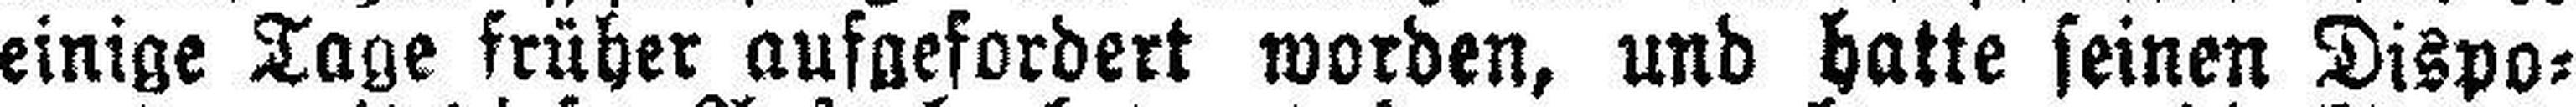
einige Tage früher aufgefordert worden, und hatte seinen Dispo¬